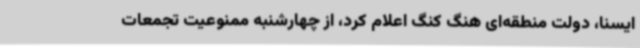
ایسنا، دولت منطقه‌ای هنگ کنگ اعلام کرد، از چهارشنبه ممنوعیت تجمعات